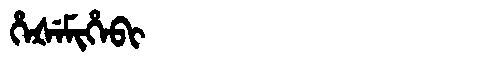
Manchu: ᡥᡝᡧᡝᠮᡳᡥᡝᠪᡳ
Romanization: HEŠEMIHEBI